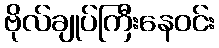
ဗိုလ်ချုပ်ကြီးနေဝင်း